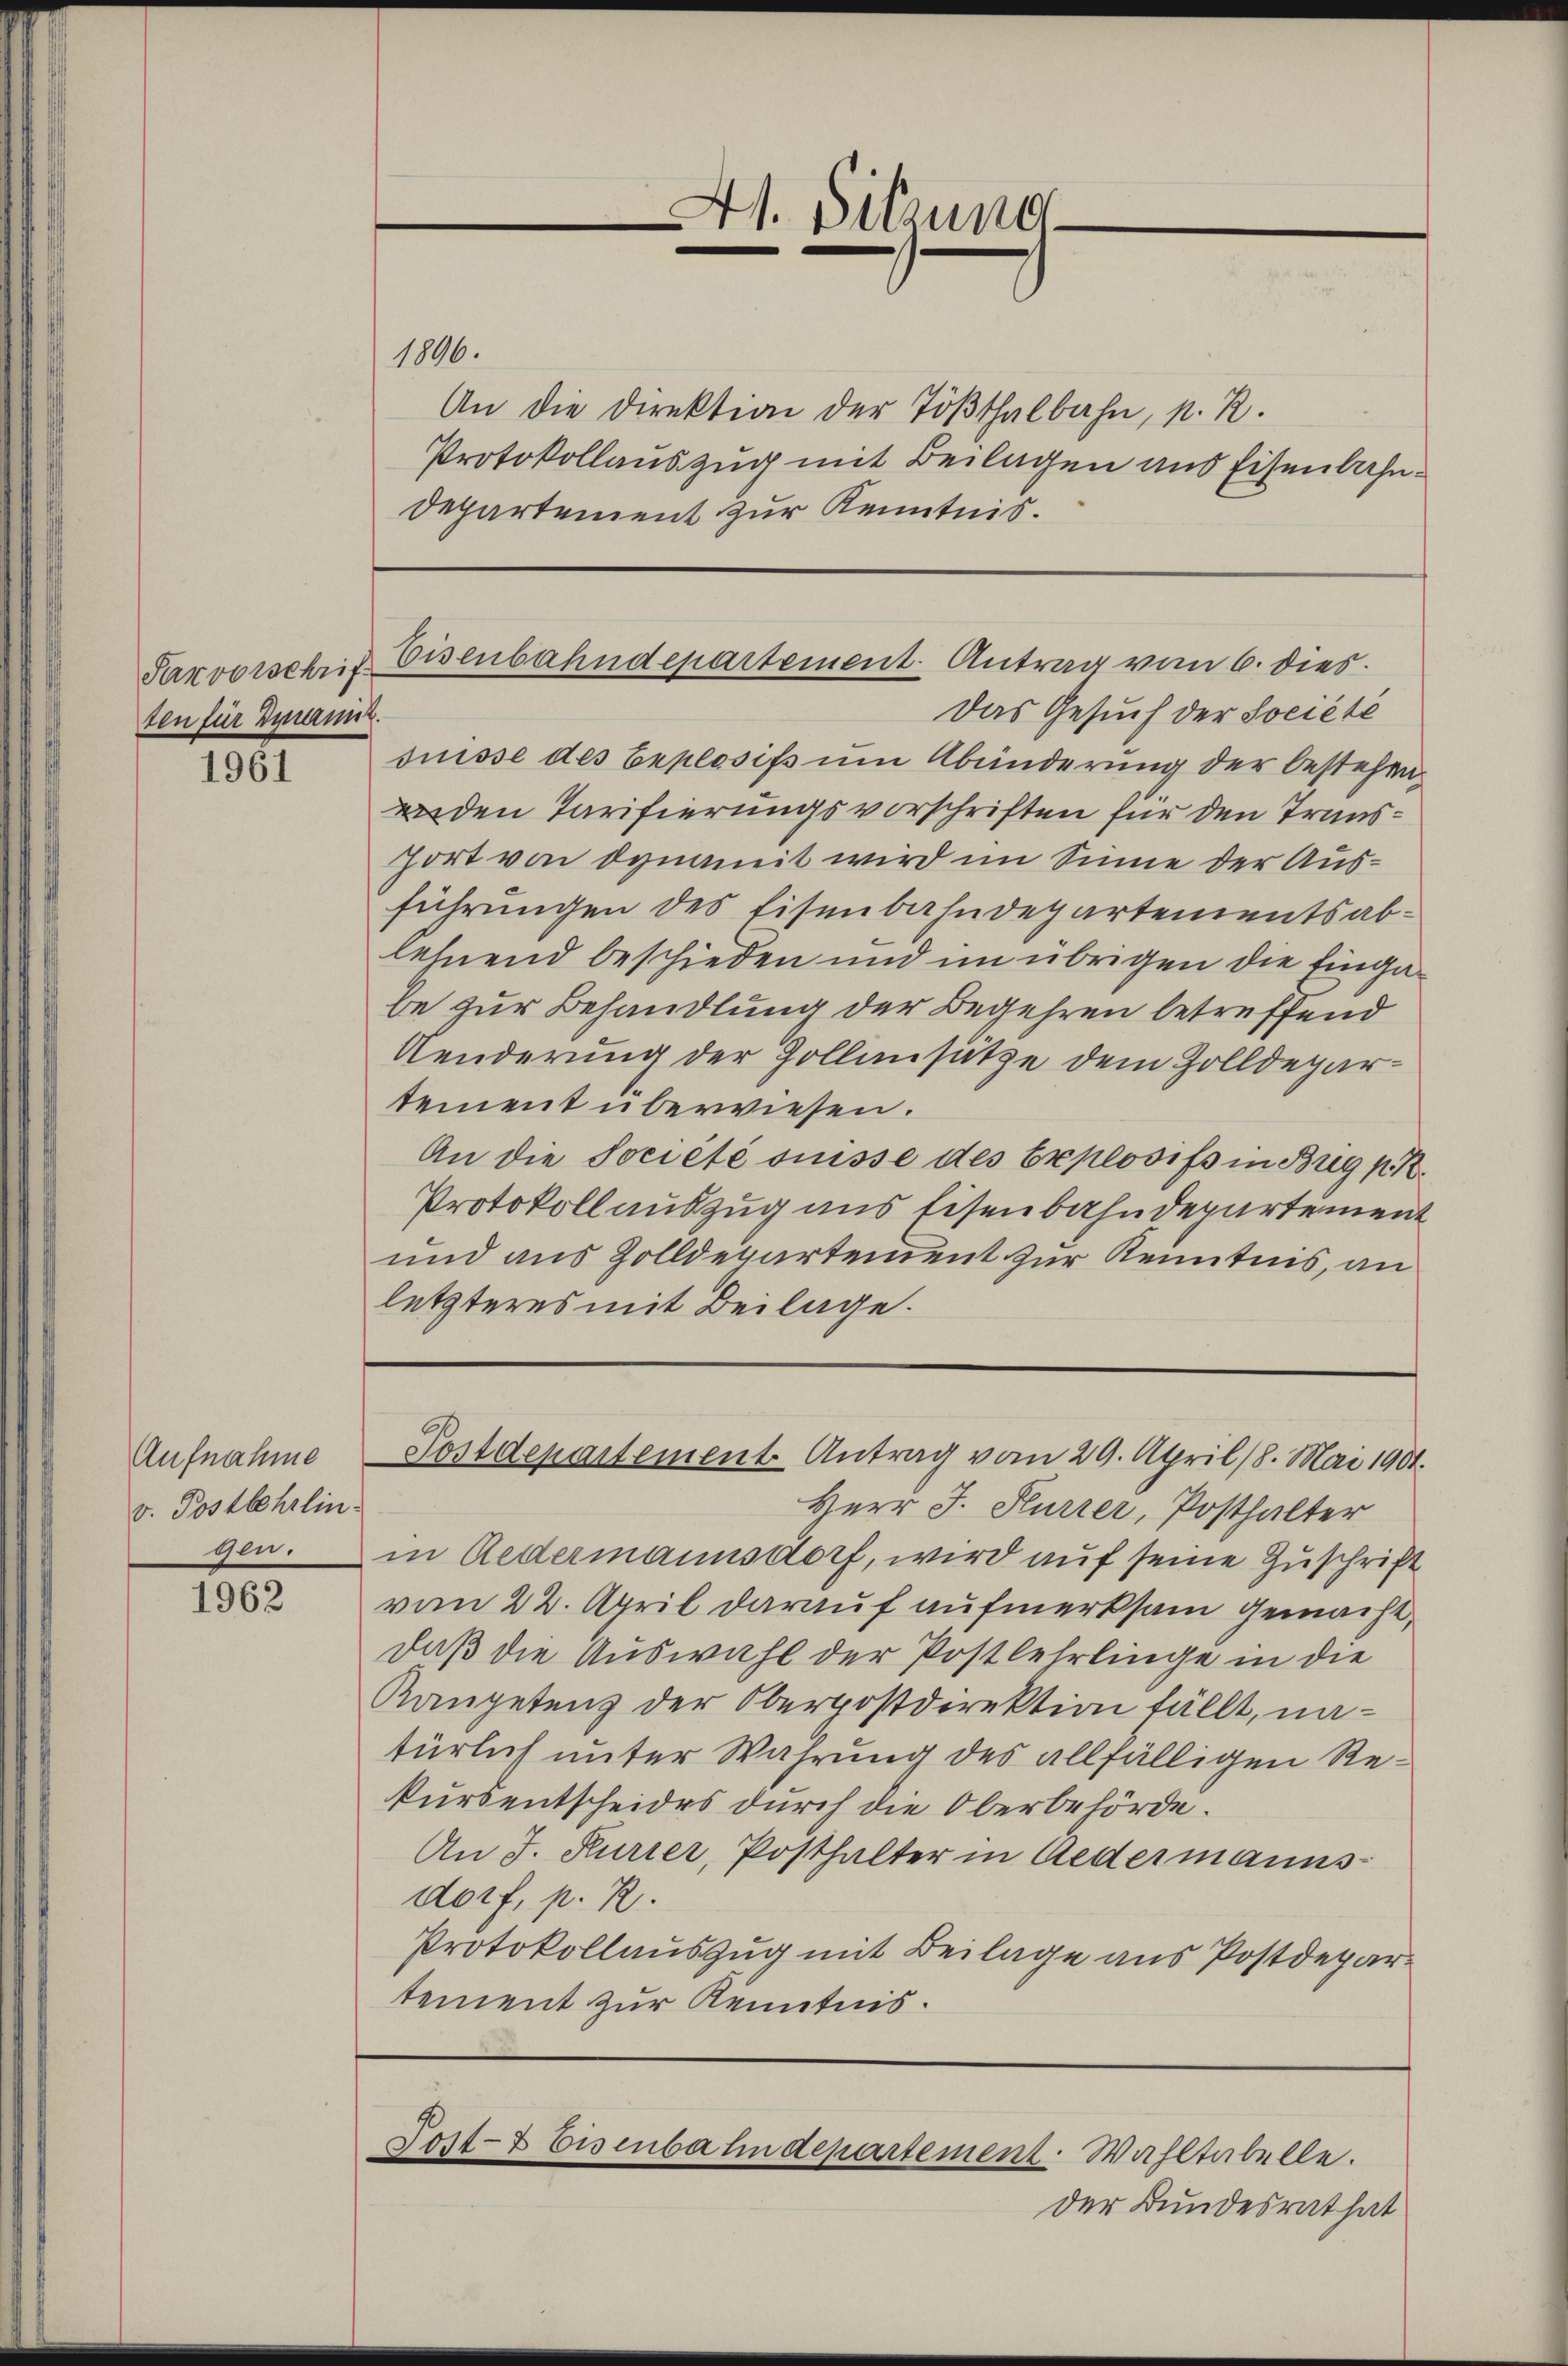
ten für Dynamit.

1961

Aufnahme
v. Postbehrlin.
gen.

1962

Das Gesuch der Société
süsse des Explosifs um Abänderung der bestehen,
nden Tarifierungsvorschriften für den Transport von dynamit wird im Sinne der Ausführungen des Eisenbahndepartements ablehnend beschieden und im übrigen die Eingabe zur Behandlung der Begehren betreffend
Aenderung der Zollansätze dem Zolldepartement überwiesen.
An die Société suisse des Explosifs in Brig pr.
Protokoll auszug aus Eisenbahndepartement
und aus Zolldepartement zur Kenntnis, an
letzteres mit Beilage.

1806.
An die Direktion der Tößthalbahn, p. R.
Protokollauszug mit Beilagen ans Eisenbahn¬
Departement zur Kenntnis.

At. Sitzung

Herr J. Furrer, Posthalter
in Redermannsdorf, wird auf seine Zuschrift
vom 22. April darauf aufmerksam gemacht,
daß die Auswahl der Postlehrlinge in die
Kaupetenz der Oberpostdirektion fällt, natürlich unter Wahrung des allfälligen Rekursentscheides durch die Oberbehörde.
An J. Kurier, Posthalter in Redermanns-
dorf, p. 2.
Protokollauszug mit Beilage aus Postdepartement zur Kenntnis.

der Bundesrat hat

Sarvorschrif Eisenbahndepartement. Antrag vom 6. dies

Postdepartement Antrag vom 29. April 18. Mai 1901.

Post- & Eisenbahndepartement. Wahltabelle.